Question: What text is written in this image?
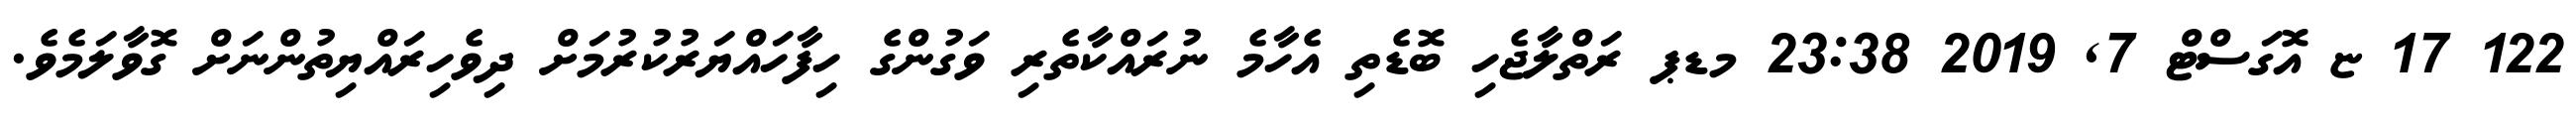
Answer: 122 17 ޏ އޮގަސްޓް 7, 2019 23:38 މޑޕ ރަތްލާޖެހި ބޮޑެތި އެހާމެ ނުރައްކާތެރި ވަގުންގެ ހިފާހައްޔަރުކުރުމަށް ދިވެހިރައްޔިތުންނަށް ގޮވާލަމެވެ.